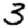
Digit: 3